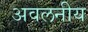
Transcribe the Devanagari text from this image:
अवलनीय